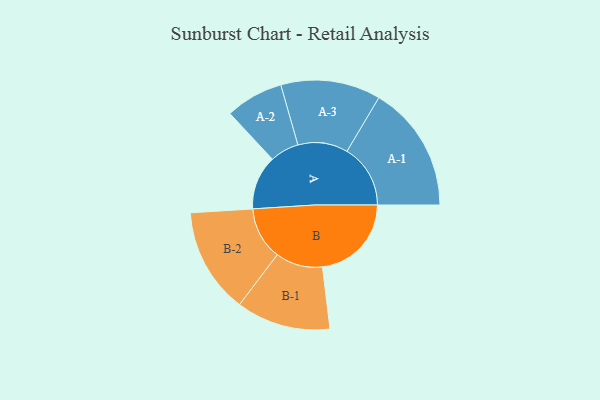
{"axis": {"x": "Segment", "y": "Value"}, "legend": ["", "A", "B"], "data": [{"x": "A", "y": 253, "type": ""}, {"x": "B", "y": 415, "type": ""}, {"x": "A-1", "y": 296, "type": "A"}, {"x": "A-2", "y": 135, "type": "A"}, {"x": "A-3", "y": 233, "type": "A"}, {"x": "B-1", "y": 220, "type": "B"}, {"x": "B-2", "y": 246, "type": "B"}]}